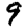
Digit: 9